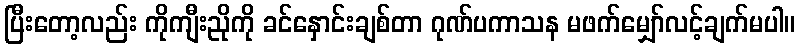
ပြီးတော့လည်း ကိုကျီးညိုကို ခင်နှောင်းချစ်တာ ဂုဏ်ပကာသန မဖက်မျှော်လင့်ချက်မပါ။